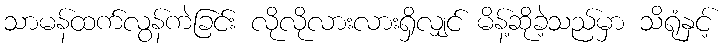
သာမန်ထက်လွန်ကဲခြင်း လိုလိုလားလားရှိလျှင် မိန့်ဆိုခဲ့သည်မှာ သိရုံနှင့်